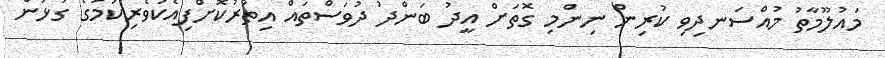
މައުލޫމާތު މުއްސަނދިވި ކުރިން ނިންމި ގޮތަށް އީދު ބަންދު ދުވަސްތައް އިތުރުކޮށްފިއެކުވެރިކަމުގެ ގުޅުން